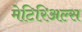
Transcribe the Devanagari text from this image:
मेटिरिअल्स